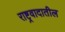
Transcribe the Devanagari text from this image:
राष्ट्रवादातील